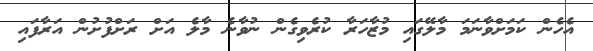
އެހެން ކަމަށްވާނަަމަ މާލޭގައި މުޒާހަރާ ކުރެވިގެން ނުވާނެ މާލެ އަށް ރަށްފުށުން އަރާފައި